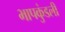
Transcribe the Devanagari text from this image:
भापकुंडली